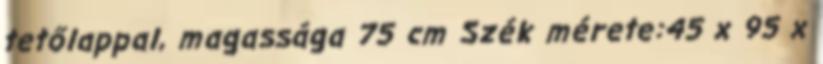
tetőlappal, magassága 75 cm Szék mérete:45 x 95 x